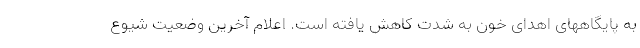
به پایگاههای اهدای خون‌ به شدت کاهش یافته است. اعلام آخرین وضعیت شیوع